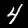
Label: 4